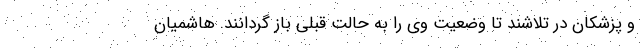
و پزشکان در تلاشند تا وضعیت وی را به حالت قبلی باز گردانند. هاشمیان